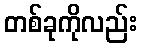
တစ်ခုကိုလည်း